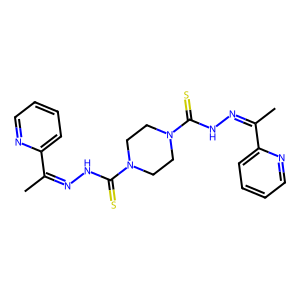
SMILES: CC(=NNC(=S)N1CCN(C(=S)NN=C(C)c2ccccn2)CC1)c1ccccn1
Inhibits HIV replication: No